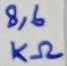
Text: 8,6KΩ